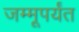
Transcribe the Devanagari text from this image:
जम्मूपर्यंत